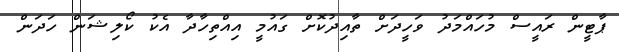
ޕާޓީން ރައީސް މުހައްމަދު ވަހީދަށް ތާއިދުކޮށް ގައުމީ އިއްތިހާދާ އެކު ކޯލިޝަން ހަދަން